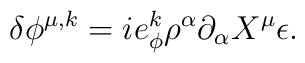
\delta\phi^{\mu,k}= ie^k_{\phi}\rho^{\alpha}\partial_{\alpha}X^{\mu}\epsilon.